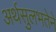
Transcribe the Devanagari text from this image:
अर्थसुलभतेने